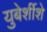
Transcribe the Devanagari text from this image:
युबेर्शीशे